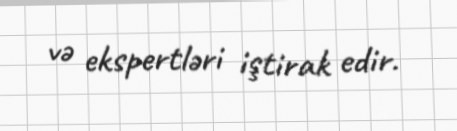
və ekspertləri iştirak edir.